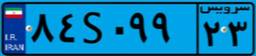
۳۸S۳۲۴۱۴